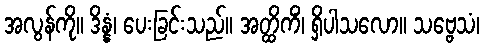
အလွန်ကို။ ဒိန္နံ၊ ပေးခြင်းသည်။ အတ္ထိကိံ၊ ရှိပါသလော။ သဗ္ဗေသံ၊